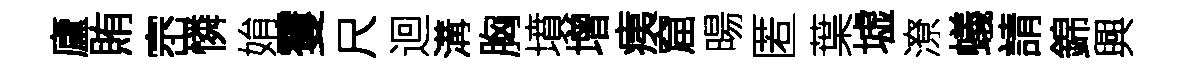
廬賄崈憐姢䨥尺迴溝胸墳增痍窟暘匿葉墟潦蟻請錦興